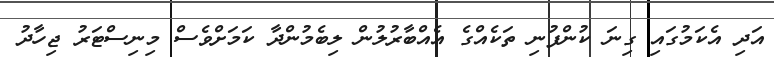
އަދި އެކަމުގައި ގިނަ ކުންފުނި ތަކެއްގެ އެއްބާރުލުން ލިބެމުންދާ ކަމަށްވެސް މިނިސްޓަރު ޖިހާދު